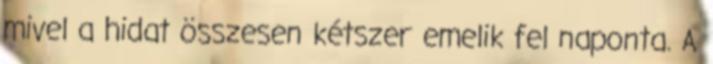
mivel a hidat összesen kétszer emelik fel naponta. A